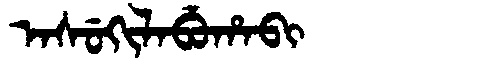
Manchu: ᠠᠰᡠᡴᡳᠯᠠᠪᡠᡥᠠᠪᡳ
Romanization: ASUKILABUHABI